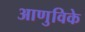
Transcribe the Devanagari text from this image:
आणुविके